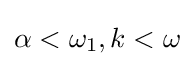
\alpha <\omega _{1},k<\omega